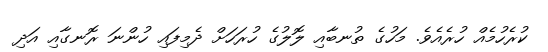
ކުރެހުމެއް ހުރެއެވެ. މަހުގެ ތުނބާއި ލޮލުގެ ހުރަހަށް ދެމިފައި ހުންނަ ރޮނގާއި އަދި